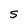
Character: S